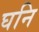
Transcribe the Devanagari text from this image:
घनि